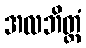
အလဘိတ္ထံ